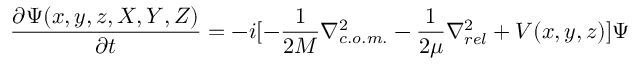
{ \frac { \partial \Psi ( x , y , z , X , Y , Z ) } { \partial t } } = - i [ - { \frac { 1 } { 2 M } } \nabla _ { c . o . m . } ^ { 2 } - { \frac { 1 } { 2 \mu } } \nabla _ { r e l } ^ { 2 } + V ( x , y , z ) ] \Psi